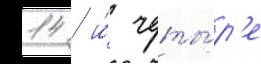
14 / и́ четы́р'е